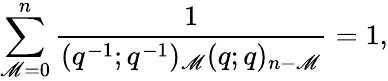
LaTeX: \sum_{\mathscr{M}=0}^{n}\frac{{1}}{{(q^{-1};q^{-1})_{\mathscr{M}}(q;q)_{n-\mathscr{M}}}}=1,